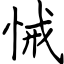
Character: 悈